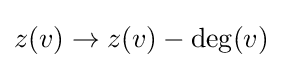
z(v)\to z(v)-\deg(v)